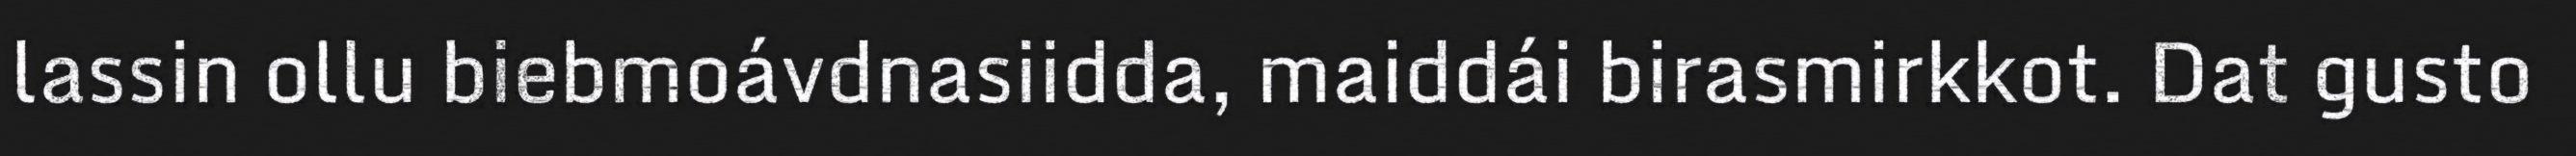
lassin ollu biebmoávdnasiidda, maiddái birasmirkkot. Dat gusto